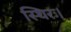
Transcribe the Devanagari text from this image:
स्थिरः।